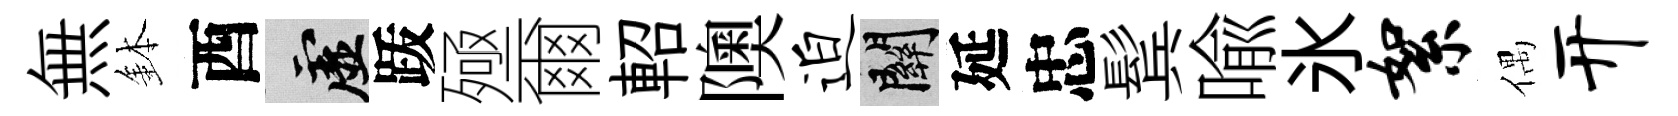
無鉢酉虚䟦殛爾軺隩迫關延忠鬂喩氷絮偶开